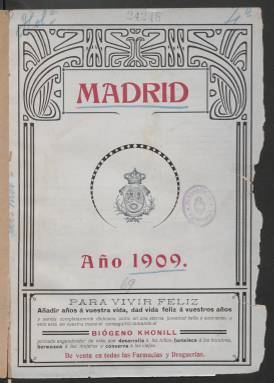
Título: Madrid (Madrid. 1909)
Ámbito geográfico: Madrid
Lugar de publicación: Madrid
Fechas: 01/01/1909-31/12/1909